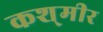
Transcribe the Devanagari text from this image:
कश्‌मीर